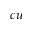
c u